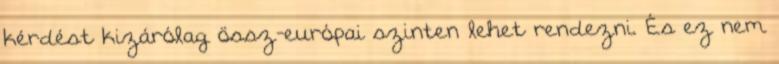
kérdést kizárólag össz-európai szinten lehet rendezni. És ez nem